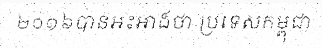
២០១៦បានអះអាងថា ប្រទេសកម្ពុជា